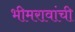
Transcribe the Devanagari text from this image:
भीमरावांची